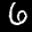
Label: 6